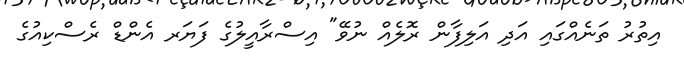
އިތުރު ތަނެއްގައި އަދި އަލިފާން ރޮލެއް ނުވޭ" އިސްރާއީލުގެ ފަޔަރ އެންޑް ރެސްކިއުގެ